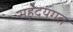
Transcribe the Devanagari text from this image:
सहृदयगत